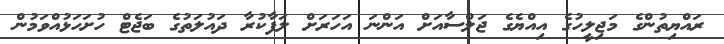
ރައްޔިތުންގެ މަޖިލީހުގެ އިއްޔެގެ ޖަލްސާއަށް އަންނަ އަހަރަށް ލަފާކުރާ ދައުލަތުގެ ބަޖެޓް ހުށަހަޅުއްވަމުން